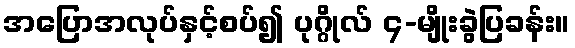
အပြောအလုပ်နှင့်စပ်၍ ပုဂ္ဂိုလ် ၄-မျိုးခွဲပြခန်း။